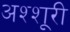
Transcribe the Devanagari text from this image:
अश्शूरी